Annual report of the Camel Specialist
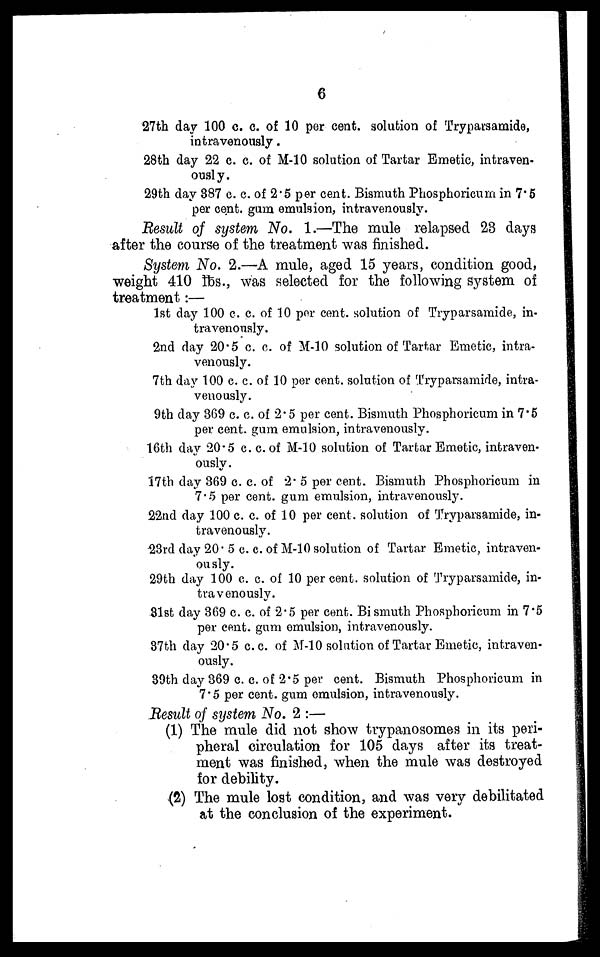
6
27th day 100 c. c. of 10 per cent. solution of Tryparsamide,
intravenously.
28th day 22 c. c. of M-10 solution of Tartar Emetic, intraven-
ously.
29th day 387 c. c. of 2.5 per cent. Bismuth Phosphoricum in 7.5
per cent. gum emulsion, intravenously.
Result of system No. 1.—The mule relapsed 23 days
after the course of the treatment was finished.
System No. 2.—A mule, aged 15 years, condition good,
weight 410 lbs., was selected for the following system of
treatment:—
1st day 100 c. c. of 10 per cent. solution of Tryparsamide, in-
travenously.
2nd day 20.5 c. c. of M-10 solution of Tartar Emetic, intra-
venously.
7th day 100 c. c. of 10 per cent. solution of Tryparsamide, intra-
venously.
9th day 369 c. c. of 2.5 per cent. Bismuth Phosphoricum in 7.5
per cent. gum emulsion, intravenously.
16th day 20.5 c. c. of M-10 solution of Tartar Emetic, intraven-
ously.
17th day 369 c. c. of 2.5 per cent. Bismuth Phosphoricum in
7.5 per cent. gum emulsion, intravenously.
22nd day 100 c. c. of 10 per cent. solution of Tryparsamide, in-
travenously.
23rd day 20. 5 c. c. of M-10 solution of Tartar Emetic, intraven-
ously.
29th day 100 c. c. of 10 percent. solution of Tryparsamide, in-
travenously.
31st day 369 c. c. of 2.5 per cent. Bismuth Phosphoricum in 7.5
per cent. gum emulsion, intravenously.
37th day 20.5 c. c. of M-10 solution of Tartar Emetic, intraven-
ously.
39th day 369 c. c. of 2.5 per cent. Bismuth Phosphoricum in
7.5 per cent. gum emulsion, intravenously.
Result of system No. 2 :—
(1) The mule did not show trypanosomes in its peri-
pheral circulation for 105 days after its treat-
ment was finished, when the mule was destroyed
for debility.
(2) The mule lost condition, and was very debilitated
at the conclusion of the experiment.